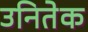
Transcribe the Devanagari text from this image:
उनितेक